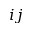
i j